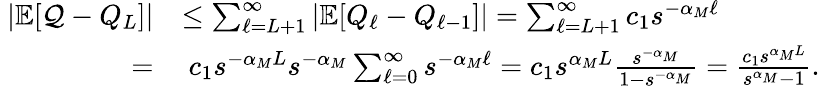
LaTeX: \begin{array}{rl}{\ |{\mathbb{E}}[{\mathcal{Q}}-Q_{L}]|}&{\leq\sum_{\ell=L+1}^{\infty}|{\mathbb{E}}[Q_{\ell}-Q_{\ell-1}]|=\sum_{\ell=L+1}^{\infty}c_{1}s^{-\alpha_{M}\ell}}\\ {=}&{\ c_{1}s^{-\alpha_{M}L}s^{-\alpha_{M}}\sum_{\ell=0}^{\infty}s^{-\alpha_{M}\ell}=c_{1}s^{\alpha_{M}L}\frac{s^{-\alpha_{M}}}{1-s^{-\alpha_{M}}}=\frac{c_{1}s^{\alpha_{M}L}}{s^{\alpha_{M}}-1}.}\end{array}